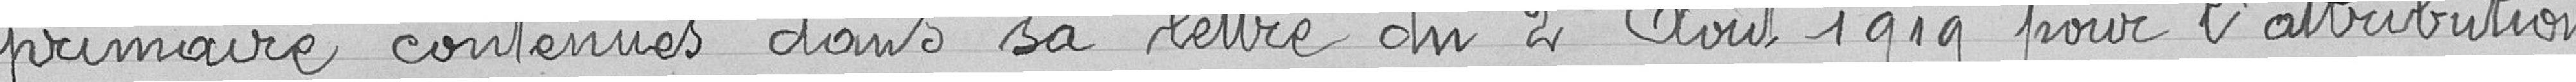
primaire contenues dans sa lettre du 2 août 1919 pour l'attribution